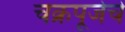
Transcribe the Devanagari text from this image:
चक्रपूजेचे